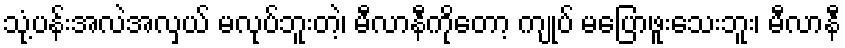
သုံ့ပန်းအလဲအလှယ် မလုပ်ဘူးတဲ့၊ မီလာနီကိုတော့ ကျုပ် မပြောဖူးသေးဘူး၊ မီလာနီ